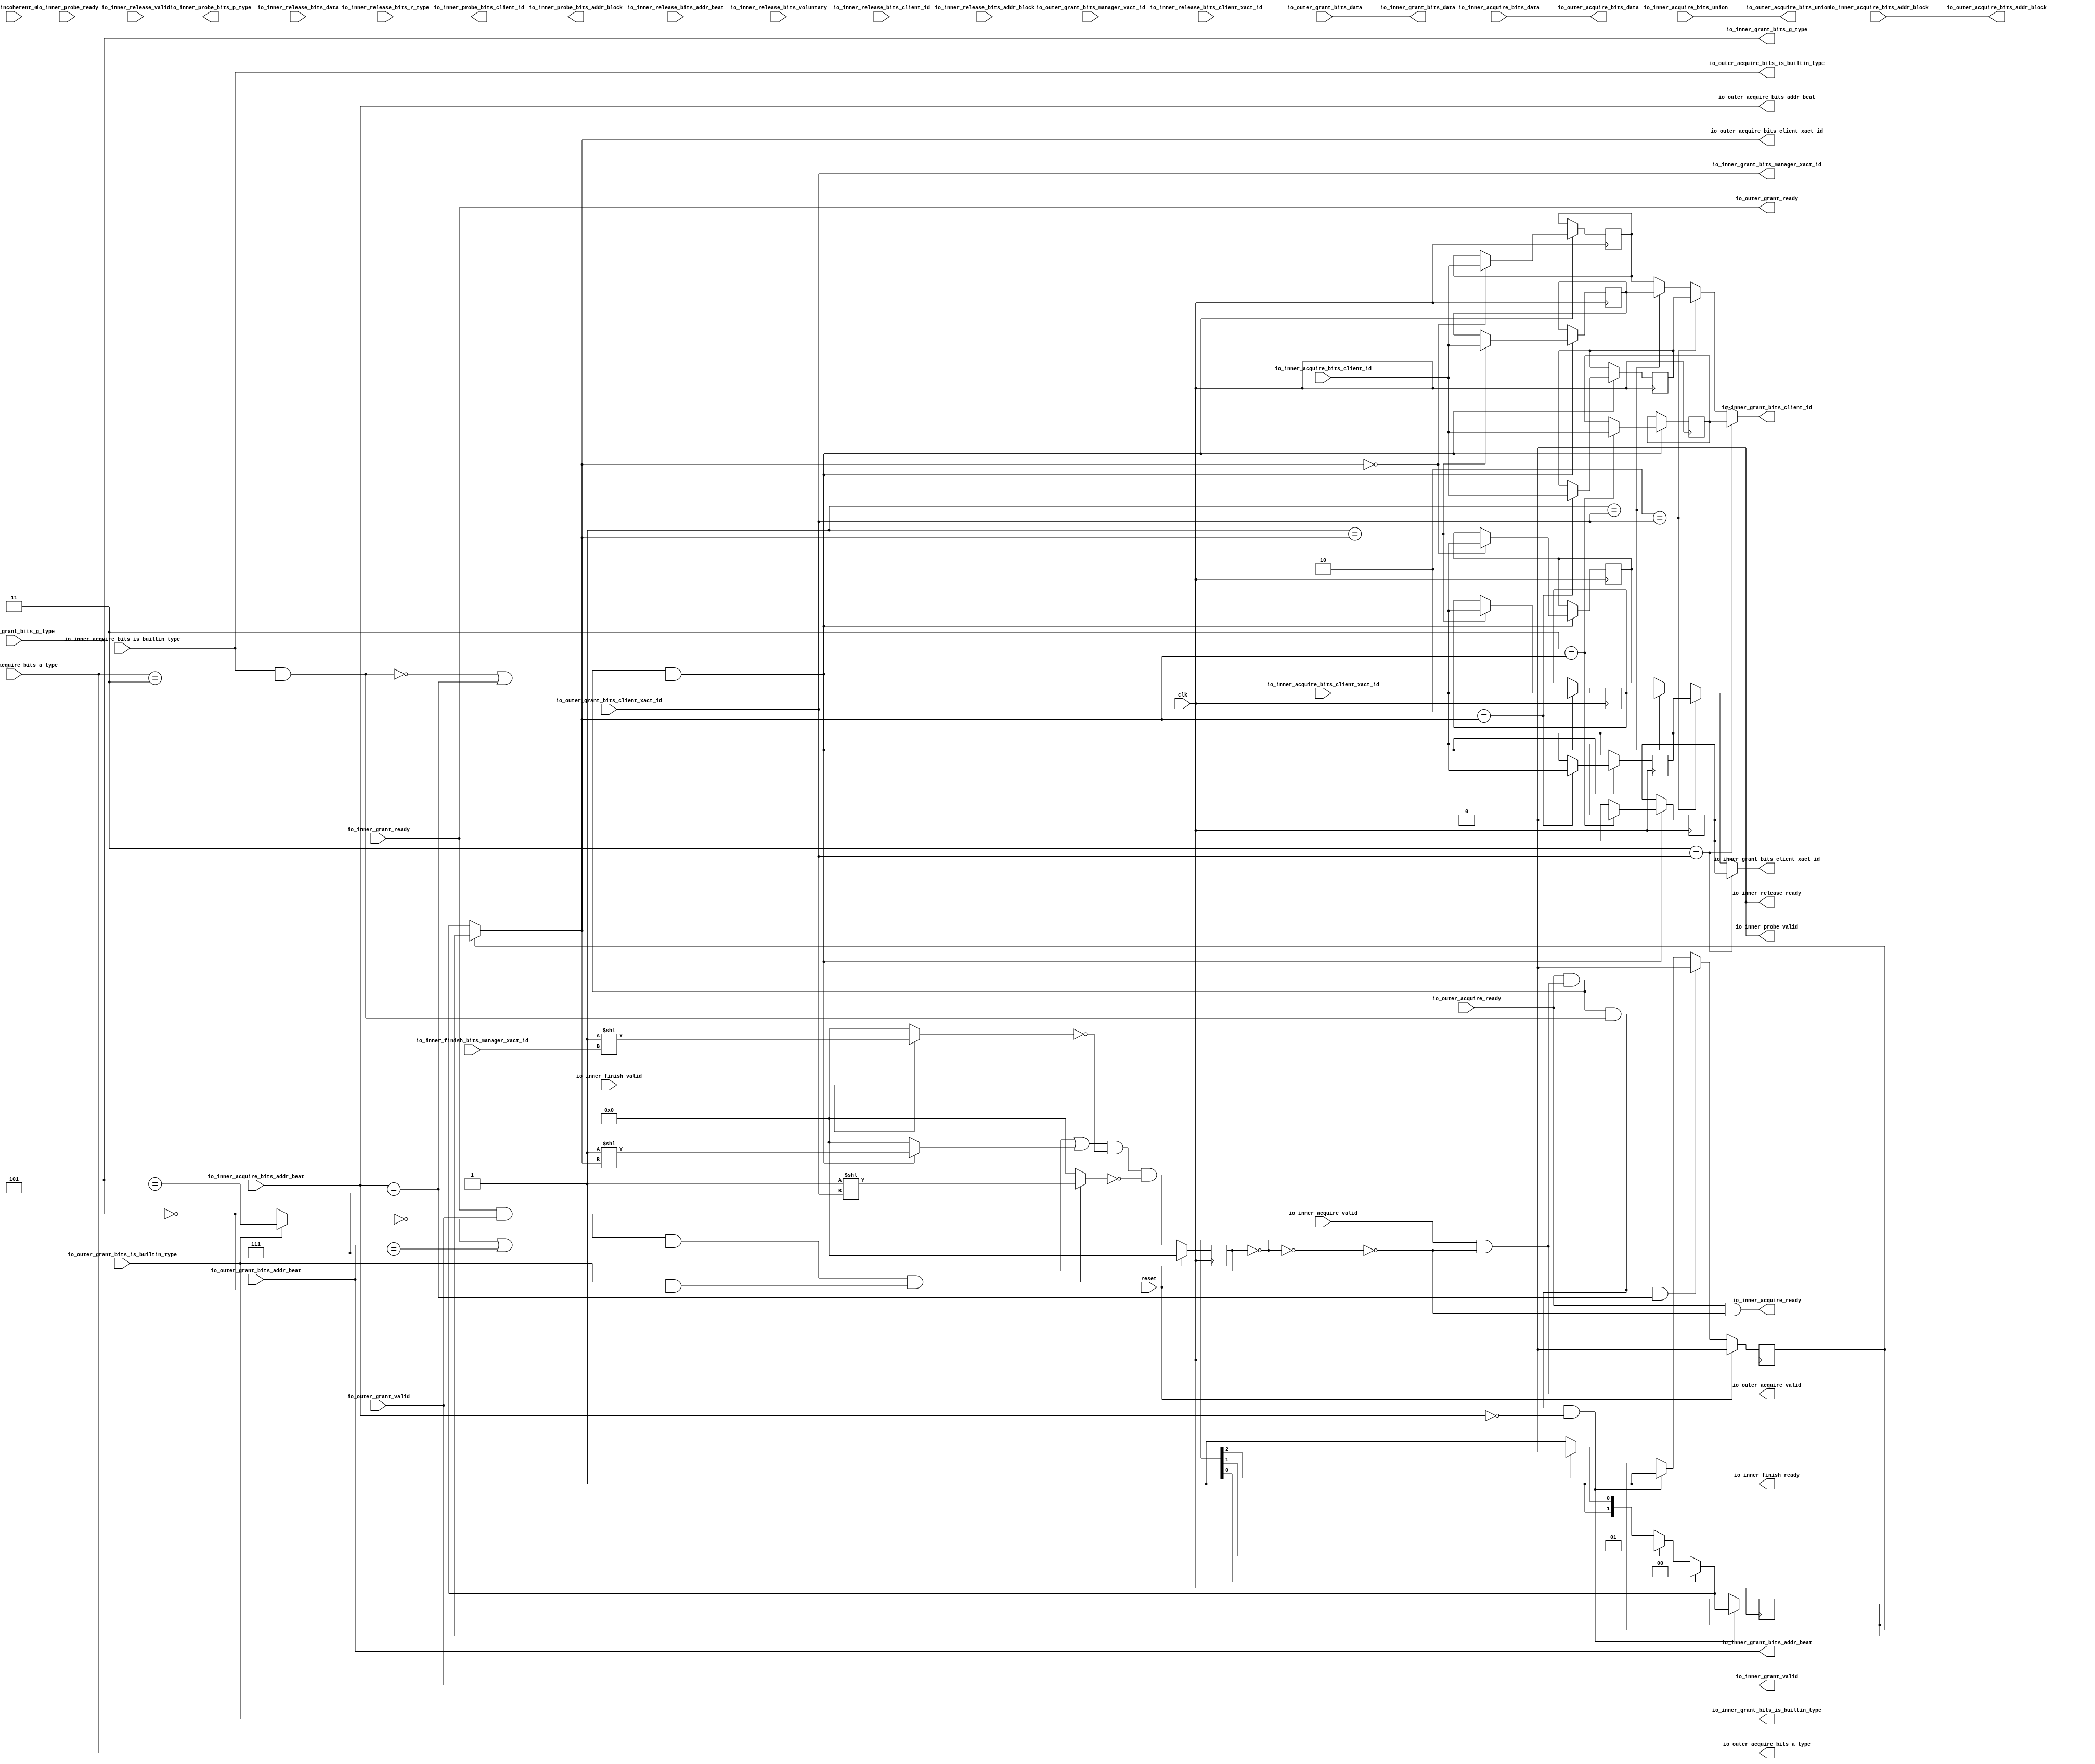
module MMIOTileLinkManager(
  input   clk,
  input   reset,
  output  io_inner_acquire_ready,
  input   io_inner_acquire_valid,
  input  [25:0] io_inner_acquire_bits_addr_block,
  input   io_inner_acquire_bits_client_xact_id,
  input  [2:0] io_inner_acquire_bits_addr_beat,
  input   io_inner_acquire_bits_is_builtin_type,
  input  [2:0] io_inner_acquire_bits_a_type,
  input  [11:0] io_inner_acquire_bits_union,
  input  [63:0] io_inner_acquire_bits_data,
  input   io_inner_acquire_bits_client_id,
  input   io_inner_grant_ready,
  output  io_inner_grant_valid,
  output [2:0] io_inner_grant_bits_addr_beat,
  output  io_inner_grant_bits_client_xact_id,
  output [1:0] io_inner_grant_bits_manager_xact_id,
  output  io_inner_grant_bits_is_builtin_type,
  output [3:0] io_inner_grant_bits_g_type,
  output [63:0] io_inner_grant_bits_data,
  output  io_inner_grant_bits_client_id,
  output  io_inner_finish_ready,
  input   io_inner_finish_valid,
  input  [1:0] io_inner_finish_bits_manager_xact_id,
  input   io_inner_probe_ready,
  output  io_inner_probe_valid,
  output [25:0] io_inner_probe_bits_addr_block,
  output [1:0] io_inner_probe_bits_p_type,
  output  io_inner_probe_bits_client_id,
  output  io_inner_release_ready,
  input   io_inner_release_valid,
  input  [2:0] io_inner_release_bits_addr_beat,
  input  [25:0] io_inner_release_bits_addr_block,
  input   io_inner_release_bits_client_xact_id,
  input   io_inner_release_bits_voluntary,
  input  [2:0] io_inner_release_bits_r_type,
  input  [63:0] io_inner_release_bits_data,
  input   io_inner_release_bits_client_id,
  input   io_incoherent_0,
  input   io_outer_acquire_ready,
  output  io_outer_acquire_valid,
  output [25:0] io_outer_acquire_bits_addr_block,
  output [1:0] io_outer_acquire_bits_client_xact_id,
  output [2:0] io_outer_acquire_bits_addr_beat,
  output  io_outer_acquire_bits_is_builtin_type,
  output [2:0] io_outer_acquire_bits_a_type,
  output [11:0] io_outer_acquire_bits_union,
  output [63:0] io_outer_acquire_bits_data,
  output  io_outer_grant_ready,
  input   io_outer_grant_valid,
  input  [2:0] io_outer_grant_bits_addr_beat,
  input  [1:0] io_outer_grant_bits_client_xact_id,
  input   io_outer_grant_bits_manager_xact_id,
  input   io_outer_grant_bits_is_builtin_type,
  input  [3:0] io_outer_grant_bits_g_type,
  input  [63:0] io_outer_grant_bits_data
);
  wire  T_880;
  wire [2:0] T_889_0;
  wire  T_891;
  wire  T_892;
  wire  multibeat_fire;
  wire  T_894;
  wire  multibeat_start;
  wire  T_896;
  wire  multibeat_end;
  reg [3:0] xact_pending;
  reg [31:0] GEN_33;
  wire [3:0] T_898;
  wire  T_899;
  wire  T_900;
  wire  T_901;
  wire [1:0] T_907;
  wire [1:0] T_908;
  wire [1:0] xact_id_sel;
  reg [1:0] xact_id_reg;
  reg [31:0] GEN_34;
  wire [1:0] GEN_4;
  reg  xact_multibeat;
  reg [31:0] GEN_35;
  wire [1:0] outer_xact_id;
  wire  T_912;
  wire  xact_free;
  reg  xact_buffer_0_client_id;
  reg [31:0] GEN_36;
  reg  xact_buffer_0_client_xact_id;
  reg [31:0] GEN_37;
  reg  xact_buffer_1_client_id;
  reg [31:0] GEN_38;
  reg  xact_buffer_1_client_xact_id;
  reg [31:0] GEN_39;
  reg  xact_buffer_2_client_id;
  reg [31:0] GEN_40;
  reg  xact_buffer_2_client_xact_id;
  reg [31:0] GEN_41;
  reg  xact_buffer_3_client_id;
  reg [31:0] GEN_42;
  reg  xact_buffer_3_client_xact_id;
  reg [31:0] GEN_43;
  wire  T_1229;
  wire  T_1230;
  wire [2:0] T_1240_0;
  wire  T_1242;
  wire  T_1243;
  wire  T_1245;
  wire  T_1248;
  wire  T_1249;
  wire [3:0] T_1251;
  wire [3:0] T_1253;
  wire [3:0] T_1254;
  wire  T_1255;
  wire [3:0] T_1257;
  wire [3:0] T_1259;
  wire [3:0] T_1260;
  wire [3:0] T_1261;
  wire  T_1262;
  wire [2:0] T_1270_0;
  wire [3:0] GEN_31;
  wire  T_1272;
  wire  T_1273;
  wire  T_1274;
  wire  T_1277;
  wire  T_1279;
  wire  T_1280;
  wire  T_1281;
  wire  T_1287;
  wire  T_1289;
  wire  T_1292;
  wire  T_1293;
  wire [3:0] T_1295;
  wire [3:0] T_1297;
  wire [3:0] T_1298;
  wire [3:0] T_1299;
  wire [2:0] T_1309_0;
  wire  T_1311;
  wire  T_1312;
  wire  T_1314;
  wire  T_1317;
  wire  T_1318;
  wire  GEN_0;
  wire  GEN_5;
  wire  GEN_6;
  wire  GEN_7;
  wire  GEN_8;
  wire  GEN_1;
  wire  GEN_9;
  wire  GEN_10;
  wire  GEN_11;
  wire  GEN_12;
  wire  GEN_14;
  wire  GEN_15;
  wire  GEN_16;
  wire  GEN_17;
  wire  GEN_19;
  wire  GEN_20;
  wire  GEN_21;
  wire  GEN_22;
  wire  GEN_23;
  wire  GEN_24;
  wire  GEN_2;
  wire  GEN_25;
  wire  GEN_26;
  wire  GEN_27;
  wire  GEN_3;
  wire  GEN_28;
  wire  GEN_29;
  wire  GEN_30;
  reg [25:0] GEN_13;
  reg [31:0] GEN_44;
  reg [1:0] GEN_18;
  reg [31:0] GEN_45;
  reg  GEN_32;
  reg [31:0] GEN_46;
  assign io_inner_acquire_ready = T_1229;
  assign io_inner_grant_valid = io_outer_grant_valid;
  assign io_inner_grant_bits_addr_beat = io_outer_grant_bits_addr_beat;
  assign io_inner_grant_bits_client_xact_id = GEN_3;
  assign io_inner_grant_bits_manager_xact_id = io_outer_grant_bits_client_xact_id;
  assign io_inner_grant_bits_is_builtin_type = io_outer_grant_bits_is_builtin_type;
  assign io_inner_grant_bits_g_type = io_outer_grant_bits_g_type;
  assign io_inner_grant_bits_data = io_outer_grant_bits_data;
  assign io_inner_grant_bits_client_id = GEN_2;
  assign io_inner_finish_ready = 1'h1;
  assign io_inner_probe_valid = 1'h0;
  assign io_inner_probe_bits_addr_block = GEN_13;
  assign io_inner_probe_bits_p_type = GEN_18;
  assign io_inner_probe_bits_client_id = GEN_32;
  assign io_inner_release_ready = 1'h0;
  assign io_outer_acquire_valid = T_1230;
  assign io_outer_acquire_bits_addr_block = io_inner_acquire_bits_addr_block;
  assign io_outer_acquire_bits_client_xact_id = outer_xact_id;
  assign io_outer_acquire_bits_addr_beat = io_inner_acquire_bits_addr_beat;
  assign io_outer_acquire_bits_is_builtin_type = io_inner_acquire_bits_is_builtin_type;
  assign io_outer_acquire_bits_a_type = io_inner_acquire_bits_a_type;
  assign io_outer_acquire_bits_union = io_inner_acquire_bits_union;
  assign io_outer_acquire_bits_data = io_inner_acquire_bits_data;
  assign io_outer_grant_ready = io_inner_grant_ready;
  assign T_880 = io_outer_acquire_ready & io_outer_acquire_valid;
  assign T_889_0 = 3'h3;
  assign T_891 = io_outer_acquire_bits_a_type == T_889_0;
  assign T_892 = io_outer_acquire_bits_is_builtin_type & T_891;
  assign multibeat_fire = T_880 & T_892;
  assign T_894 = io_outer_acquire_bits_addr_beat == 3'h0;
  assign multibeat_start = multibeat_fire & T_894;
  assign T_896 = io_outer_acquire_bits_addr_beat == 3'h7;
  assign multibeat_end = multibeat_fire & T_896;
  assign T_898 = ~ xact_pending;
  assign T_899 = T_898[0];
  assign T_900 = T_898[1];
  assign T_901 = T_898[2];
  assign T_907 = T_901 ? 2'h2 : 2'h3;
  assign T_908 = T_900 ? 2'h1 : T_907;
  assign xact_id_sel = T_899 ? 2'h0 : T_908;
  assign GEN_4 = multibeat_start ? xact_id_sel : xact_id_reg;
  assign outer_xact_id = xact_multibeat ? xact_id_reg : xact_id_sel;
  assign T_912 = T_898 == 4'h0;
  assign xact_free = T_912 == 1'h0;
  assign T_1229 = io_outer_acquire_ready & xact_free;
  assign T_1230 = io_inner_acquire_valid & xact_free;
  assign T_1240_0 = 3'h3;
  assign T_1242 = io_outer_acquire_bits_a_type == T_1240_0;
  assign T_1243 = io_outer_acquire_bits_is_builtin_type & T_1242;
  assign T_1245 = T_1243 == 1'h0;
  assign T_1248 = T_1245 | T_896;
  assign T_1249 = T_880 & T_1248;
  assign T_1251 = 4'h1 << io_outer_acquire_bits_client_xact_id;
  assign T_1253 = T_1249 ? T_1251 : 4'h0;
  assign T_1254 = xact_pending | T_1253;
  assign T_1255 = io_inner_finish_ready & io_inner_finish_valid;
  assign T_1257 = 4'h1 << io_inner_finish_bits_manager_xact_id;
  assign T_1259 = T_1255 ? T_1257 : 4'h0;
  assign T_1260 = ~ T_1259;
  assign T_1261 = T_1254 & T_1260;
  assign T_1262 = io_inner_grant_ready & io_inner_grant_valid;
  assign T_1270_0 = 3'h5;
  assign GEN_31 = {{1'd0}, T_1270_0};
  assign T_1272 = io_inner_grant_bits_g_type == GEN_31;
  assign T_1273 = io_inner_grant_bits_g_type == 4'h0;
  assign T_1274 = io_inner_grant_bits_is_builtin_type ? T_1272 : T_1273;
  assign T_1277 = T_1274 == 1'h0;
  assign T_1279 = io_inner_grant_bits_addr_beat == 3'h7;
  assign T_1280 = T_1277 | T_1279;
  assign T_1281 = T_1262 & T_1280;
  assign T_1287 = io_inner_grant_bits_is_builtin_type & T_1273;
  assign T_1289 = T_1287 == 1'h0;
  assign T_1292 = T_1289 == 1'h0;
  assign T_1293 = T_1281 & T_1292;
  assign T_1295 = 4'h1 << io_inner_grant_bits_manager_xact_id;
  assign T_1297 = T_1293 ? T_1295 : 4'h0;
  assign T_1298 = ~ T_1297;
  assign T_1299 = T_1261 & T_1298;
  assign T_1309_0 = 3'h3;
  assign T_1311 = io_outer_acquire_bits_a_type == T_1309_0;
  assign T_1312 = io_outer_acquire_bits_is_builtin_type & T_1311;
  assign T_1314 = T_1312 == 1'h0;
  assign T_1317 = T_1314 | T_896;
  assign T_1318 = T_880 & T_1317;
  assign GEN_0 = io_inner_acquire_bits_client_id;
  assign GEN_5 = 2'h0 == outer_xact_id ? GEN_0 : xact_buffer_0_client_id;
  assign GEN_6 = 2'h1 == outer_xact_id ? GEN_0 : xact_buffer_1_client_id;
  assign GEN_7 = 2'h2 == outer_xact_id ? GEN_0 : xact_buffer_2_client_id;
  assign GEN_8 = 2'h3 == outer_xact_id ? GEN_0 : xact_buffer_3_client_id;
  assign GEN_1 = io_inner_acquire_bits_client_xact_id;
  assign GEN_9 = 2'h0 == outer_xact_id ? GEN_1 : xact_buffer_0_client_xact_id;
  assign GEN_10 = 2'h1 == outer_xact_id ? GEN_1 : xact_buffer_1_client_xact_id;
  assign GEN_11 = 2'h2 == outer_xact_id ? GEN_1 : xact_buffer_2_client_xact_id;
  assign GEN_12 = 2'h3 == outer_xact_id ? GEN_1 : xact_buffer_3_client_xact_id;
  assign GEN_14 = T_1318 ? GEN_5 : xact_buffer_0_client_id;
  assign GEN_15 = T_1318 ? GEN_6 : xact_buffer_1_client_id;
  assign GEN_16 = T_1318 ? GEN_7 : xact_buffer_2_client_id;
  assign GEN_17 = T_1318 ? GEN_8 : xact_buffer_3_client_id;
  assign GEN_19 = T_1318 ? GEN_9 : xact_buffer_0_client_xact_id;
  assign GEN_20 = T_1318 ? GEN_10 : xact_buffer_1_client_xact_id;
  assign GEN_21 = T_1318 ? GEN_11 : xact_buffer_2_client_xact_id;
  assign GEN_22 = T_1318 ? GEN_12 : xact_buffer_3_client_xact_id;
  assign GEN_23 = multibeat_start ? 1'h1 : xact_multibeat;
  assign GEN_24 = multibeat_end ? 1'h0 : GEN_23;
  assign GEN_2 = GEN_27;
  assign GEN_25 = 2'h1 == io_outer_grant_bits_client_xact_id ? xact_buffer_1_client_id : xact_buffer_0_client_id;
  assign GEN_26 = 2'h2 == io_outer_grant_bits_client_xact_id ? xact_buffer_2_client_id : GEN_25;
  assign GEN_27 = 2'h3 == io_outer_grant_bits_client_xact_id ? xact_buffer_3_client_id : GEN_26;
  assign GEN_3 = GEN_30;
  assign GEN_28 = 2'h1 == io_outer_grant_bits_client_xact_id ? xact_buffer_1_client_xact_id : xact_buffer_0_client_xact_id;
  assign GEN_29 = 2'h2 == io_outer_grant_bits_client_xact_id ? xact_buffer_2_client_xact_id : GEN_28;
  assign GEN_30 = 2'h3 == io_outer_grant_bits_client_xact_id ? xact_buffer_3_client_xact_id : GEN_29;
`ifdef RANDOMIZE
  integer initvar;
  initial begin
    `ifndef verilator
      #0.002;
    `endif
  `ifdef RANDOMIZE
  GEN_33 = {1{$random}};
  xact_pending = GEN_33[3:0];
  `endif
  `ifdef RANDOMIZE
  GEN_34 = {1{$random}};
  xact_id_reg = GEN_34[1:0];
  `endif
  `ifdef RANDOMIZE
  GEN_35 = {1{$random}};
  xact_multibeat = GEN_35[0:0];
  `endif
  `ifdef RANDOMIZE
  GEN_36 = {1{$random}};
  xact_buffer_0_client_id = GEN_36[0:0];
  `endif
  `ifdef RANDOMIZE
  GEN_37 = {1{$random}};
  xact_buffer_0_client_xact_id = GEN_37[0:0];
  `endif
  `ifdef RANDOMIZE
  GEN_38 = {1{$random}};
  xact_buffer_1_client_id = GEN_38[0:0];
  `endif
  `ifdef RANDOMIZE
  GEN_39 = {1{$random}};
  xact_buffer_1_client_xact_id = GEN_39[0:0];
  `endif
  `ifdef RANDOMIZE
  GEN_40 = {1{$random}};
  xact_buffer_2_client_id = GEN_40[0:0];
  `endif
  `ifdef RANDOMIZE
  GEN_41 = {1{$random}};
  xact_buffer_2_client_xact_id = GEN_41[0:0];
  `endif
  `ifdef RANDOMIZE
  GEN_42 = {1{$random}};
  xact_buffer_3_client_id = GEN_42[0:0];
  `endif
  `ifdef RANDOMIZE
  GEN_43 = {1{$random}};
  xact_buffer_3_client_xact_id = GEN_43[0:0];
  `endif
  `ifdef RANDOMIZE
  GEN_44 = {1{$random}};
  GEN_13 = GEN_44[25:0];
  `endif
  `ifdef RANDOMIZE
  GEN_45 = {1{$random}};
  GEN_18 = GEN_45[1:0];
  `endif
  `ifdef RANDOMIZE
  GEN_46 = {1{$random}};
  GEN_32 = GEN_46[0:0];
  `endif
  end
`endif
  always @(posedge clk) begin
    if(reset) begin
      xact_pending <= 4'h0;
    end else begin
      xact_pending <= T_1299;
    end
    if(1'h0) begin
    end else begin
      if(multibeat_start) begin
        if(T_899) begin
          xact_id_reg <= 2'h0;
        end else begin
          if(T_900) begin
            xact_id_reg <= 2'h1;
          end else begin
            if(T_901) begin
              xact_id_reg <= 2'h2;
            end else begin
              xact_id_reg <= 2'h3;
            end
          end
        end
      end
    end
    if(reset) begin
      xact_multibeat <= 1'h0;
    end else begin
      if(multibeat_end) begin
        xact_multibeat <= 1'h0;
      end else begin
        if(multibeat_start) begin
          xact_multibeat <= 1'h1;
        end
      end
    end
    if(1'h0) begin
    end else begin
      if(T_1318) begin
        if(2'h0 == outer_xact_id) begin
          xact_buffer_0_client_id <= GEN_0;
        end
      end
    end
    if(1'h0) begin
    end else begin
      if(T_1318) begin
        if(2'h0 == outer_xact_id) begin
          xact_buffer_0_client_xact_id <= GEN_1;
        end
      end
    end
    if(1'h0) begin
    end else begin
      if(T_1318) begin
        if(2'h1 == outer_xact_id) begin
          xact_buffer_1_client_id <= GEN_0;
        end
      end
    end
    if(1'h0) begin
    end else begin
      if(T_1318) begin
        if(2'h1 == outer_xact_id) begin
          xact_buffer_1_client_xact_id <= GEN_1;
        end
      end
    end
    if(1'h0) begin
    end else begin
      if(T_1318) begin
        if(2'h2 == outer_xact_id) begin
          xact_buffer_2_client_id <= GEN_0;
        end
      end
    end
    if(1'h0) begin
    end else begin
      if(T_1318) begin
        if(2'h2 == outer_xact_id) begin
          xact_buffer_2_client_xact_id <= GEN_1;
        end
      end
    end
    if(1'h0) begin
    end else begin
      if(T_1318) begin
        if(2'h3 == outer_xact_id) begin
          xact_buffer_3_client_id <= GEN_0;
        end
      end
    end
    if(1'h0) begin
    end else begin
      if(T_1318) begin
        if(2'h3 == outer_xact_id) begin
          xact_buffer_3_client_xact_id <= GEN_1;
        end
      end
    end
  end
endmodule